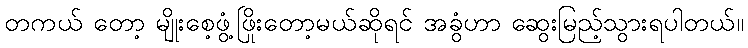
တကယ် တော့ မျိုးစေ့ဖွံ့ဖြိုးတော့မယ်ဆိုရင် အခွံဟာ ဆွေးမြည့်သွားရပါတယ်။